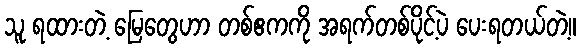
သူ ရထားတဲ့ မြေတွေဟာ တစ်ဧကကို အရက်တစ်ပိုင့်ပဲ ပေးရတယ်တဲ့။